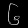
Digit: ၆